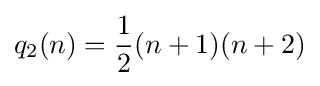
q_{2}(n)={\frac {1}{2}}(n+1)(n+2)